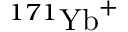
^ { 1 7 1 } { \mathrm { Y b } } ^ { + }